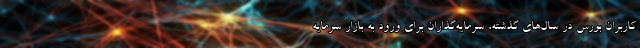
کاربران بورس در سال‌های گذشته، سرمایه‌گذاران برای ورود به بازار سرمایه